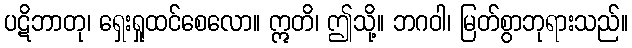
ပဋိဘာတု၊ ရှေးရှုထင်စေလော။ ဣတိ၊ ဤသို့။ ဘဂဝါ၊ မြတ်စွာဘုရားသည်။